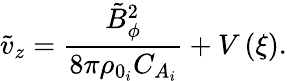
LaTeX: \tilde{v}_{z}=\frac{\tilde{B}_{\phi}^{2}}{8\pi\rho_{0_{i}}C_{A_{i}}}+V\left(\xi\right).